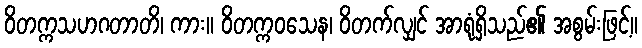
ဝိတက္ကသဟဂတာတိ၊ ကား။ ဝိတက္ကဝသေန၊ ဝိတက်လျှင် အာရုံရှိသည်၏ အစွမ်းဖြင့်။